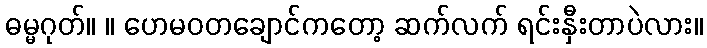
ဓမ္မဂုတ်။ ။ ဟေမဝတချောင်ကတော့ ဆက်လက် ရင်းနှီးတာပဲလား။